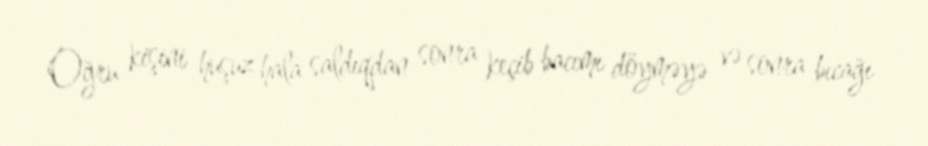
Oğru kişini huşuz hala saldıqdan sonra keçib bacımı döyməyə və sonra bıcağı